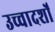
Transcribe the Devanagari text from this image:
उच्चादर्शों